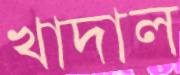
খাদাল